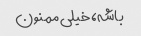
باشه، خیلی ممنون